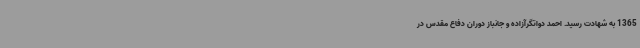
1365 به شهادت رسید. احمد دواتگرآزاده و جانباز دوران دفاع مقدس در